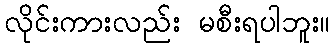
လိုင်းကားလည်း မစီးရပါဘူး။